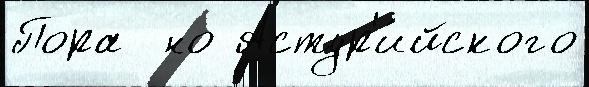
Пора  но Астур'и́йского